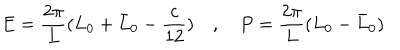
E = \frac { 2 \pi } { L } ( L _ { 0 } + \bar { L } _ { 0 } - \frac { c } { 1 2 } ) \quad , \quad P = \frac { 2 \pi } { L } ( L _ { 0 } - \bar { L } _ { 0 } )